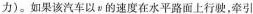
力）。如果该汽车以v的速度在水平路面上行驶，牵引